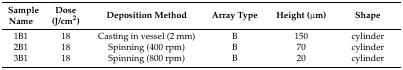
<table><thead><tr><td><b>Sample Name</b></td><td><b>Dose (J/cm<sup>2</sup>)</b></td><td><b>Deposition Method</b></td><td><b>Array Type</b></td><td><b>Height (μm)</b></td><td><b>Shape</b></td></tr></thead><tbody><tr><td>1B1</td><td>18</td><td>Casting in vessel (2 mm)</td><td>B</td><td>150</td><td>cylinder</td></tr><tr><td>2B1</td><td>18</td><td>Spinning (400 rpm)</td><td>B</td><td>70</td><td>cylinder</td></tr><tr><td>3B1</td><td>18</td><td>Spinning (800 rpm)</td><td>B</td><td>20</td><td>cylinder</td></tr></tbody></table>